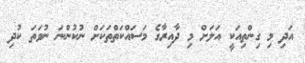
އަދި މި ގިންތިއަކީ އަލަށް މި ދާއިރާގެ މަސައްކަތްތަކަށް ނުކުންނަ ނުވަތަ ކުދި